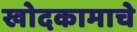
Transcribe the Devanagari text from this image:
खोदकामाचे